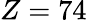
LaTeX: Z=74